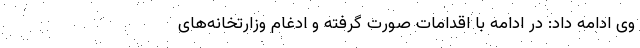
وی ادامه داد: در ادامه با اقدامات صورت گرفته و ادغام وزارتخانه‌های